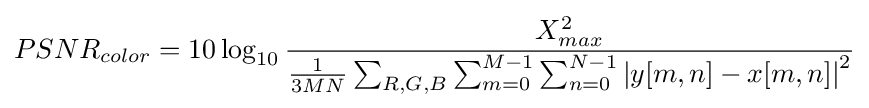
PSNR_{color}=10\log _{10}{\frac {X_{max}^{2}}{{\frac {1}{3MN}}\sum _{R,G,B}\sum _{m=0}^{M-1}\sum _{n=0}^{N-1}\left|y[m,n]-x[m,n]\right|^{2}}}